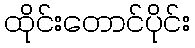
ထိုင်းတောင်ပိုင်း